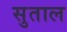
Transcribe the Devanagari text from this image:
सुताल